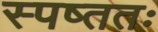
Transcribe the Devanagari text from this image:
स्पष्ततः